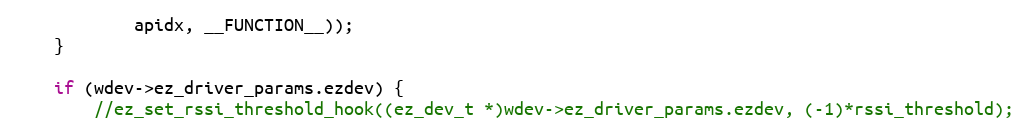
Language: C
			apidx, __FUNCTION__));
	}

	if (wdev->ez_driver_params.ezdev) {
		//ez_set_rssi_threshold_hook((ez_dev_t *)wdev->ez_driver_params.ezdev, (-1)*rssi_threshold);